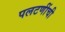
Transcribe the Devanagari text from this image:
पलटणींची